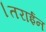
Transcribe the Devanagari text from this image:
।तराईन